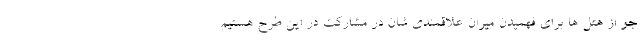
جو از هتل ها برای فهمیدن میران علاقمندی شان در مشارکت در این طرح هستیم